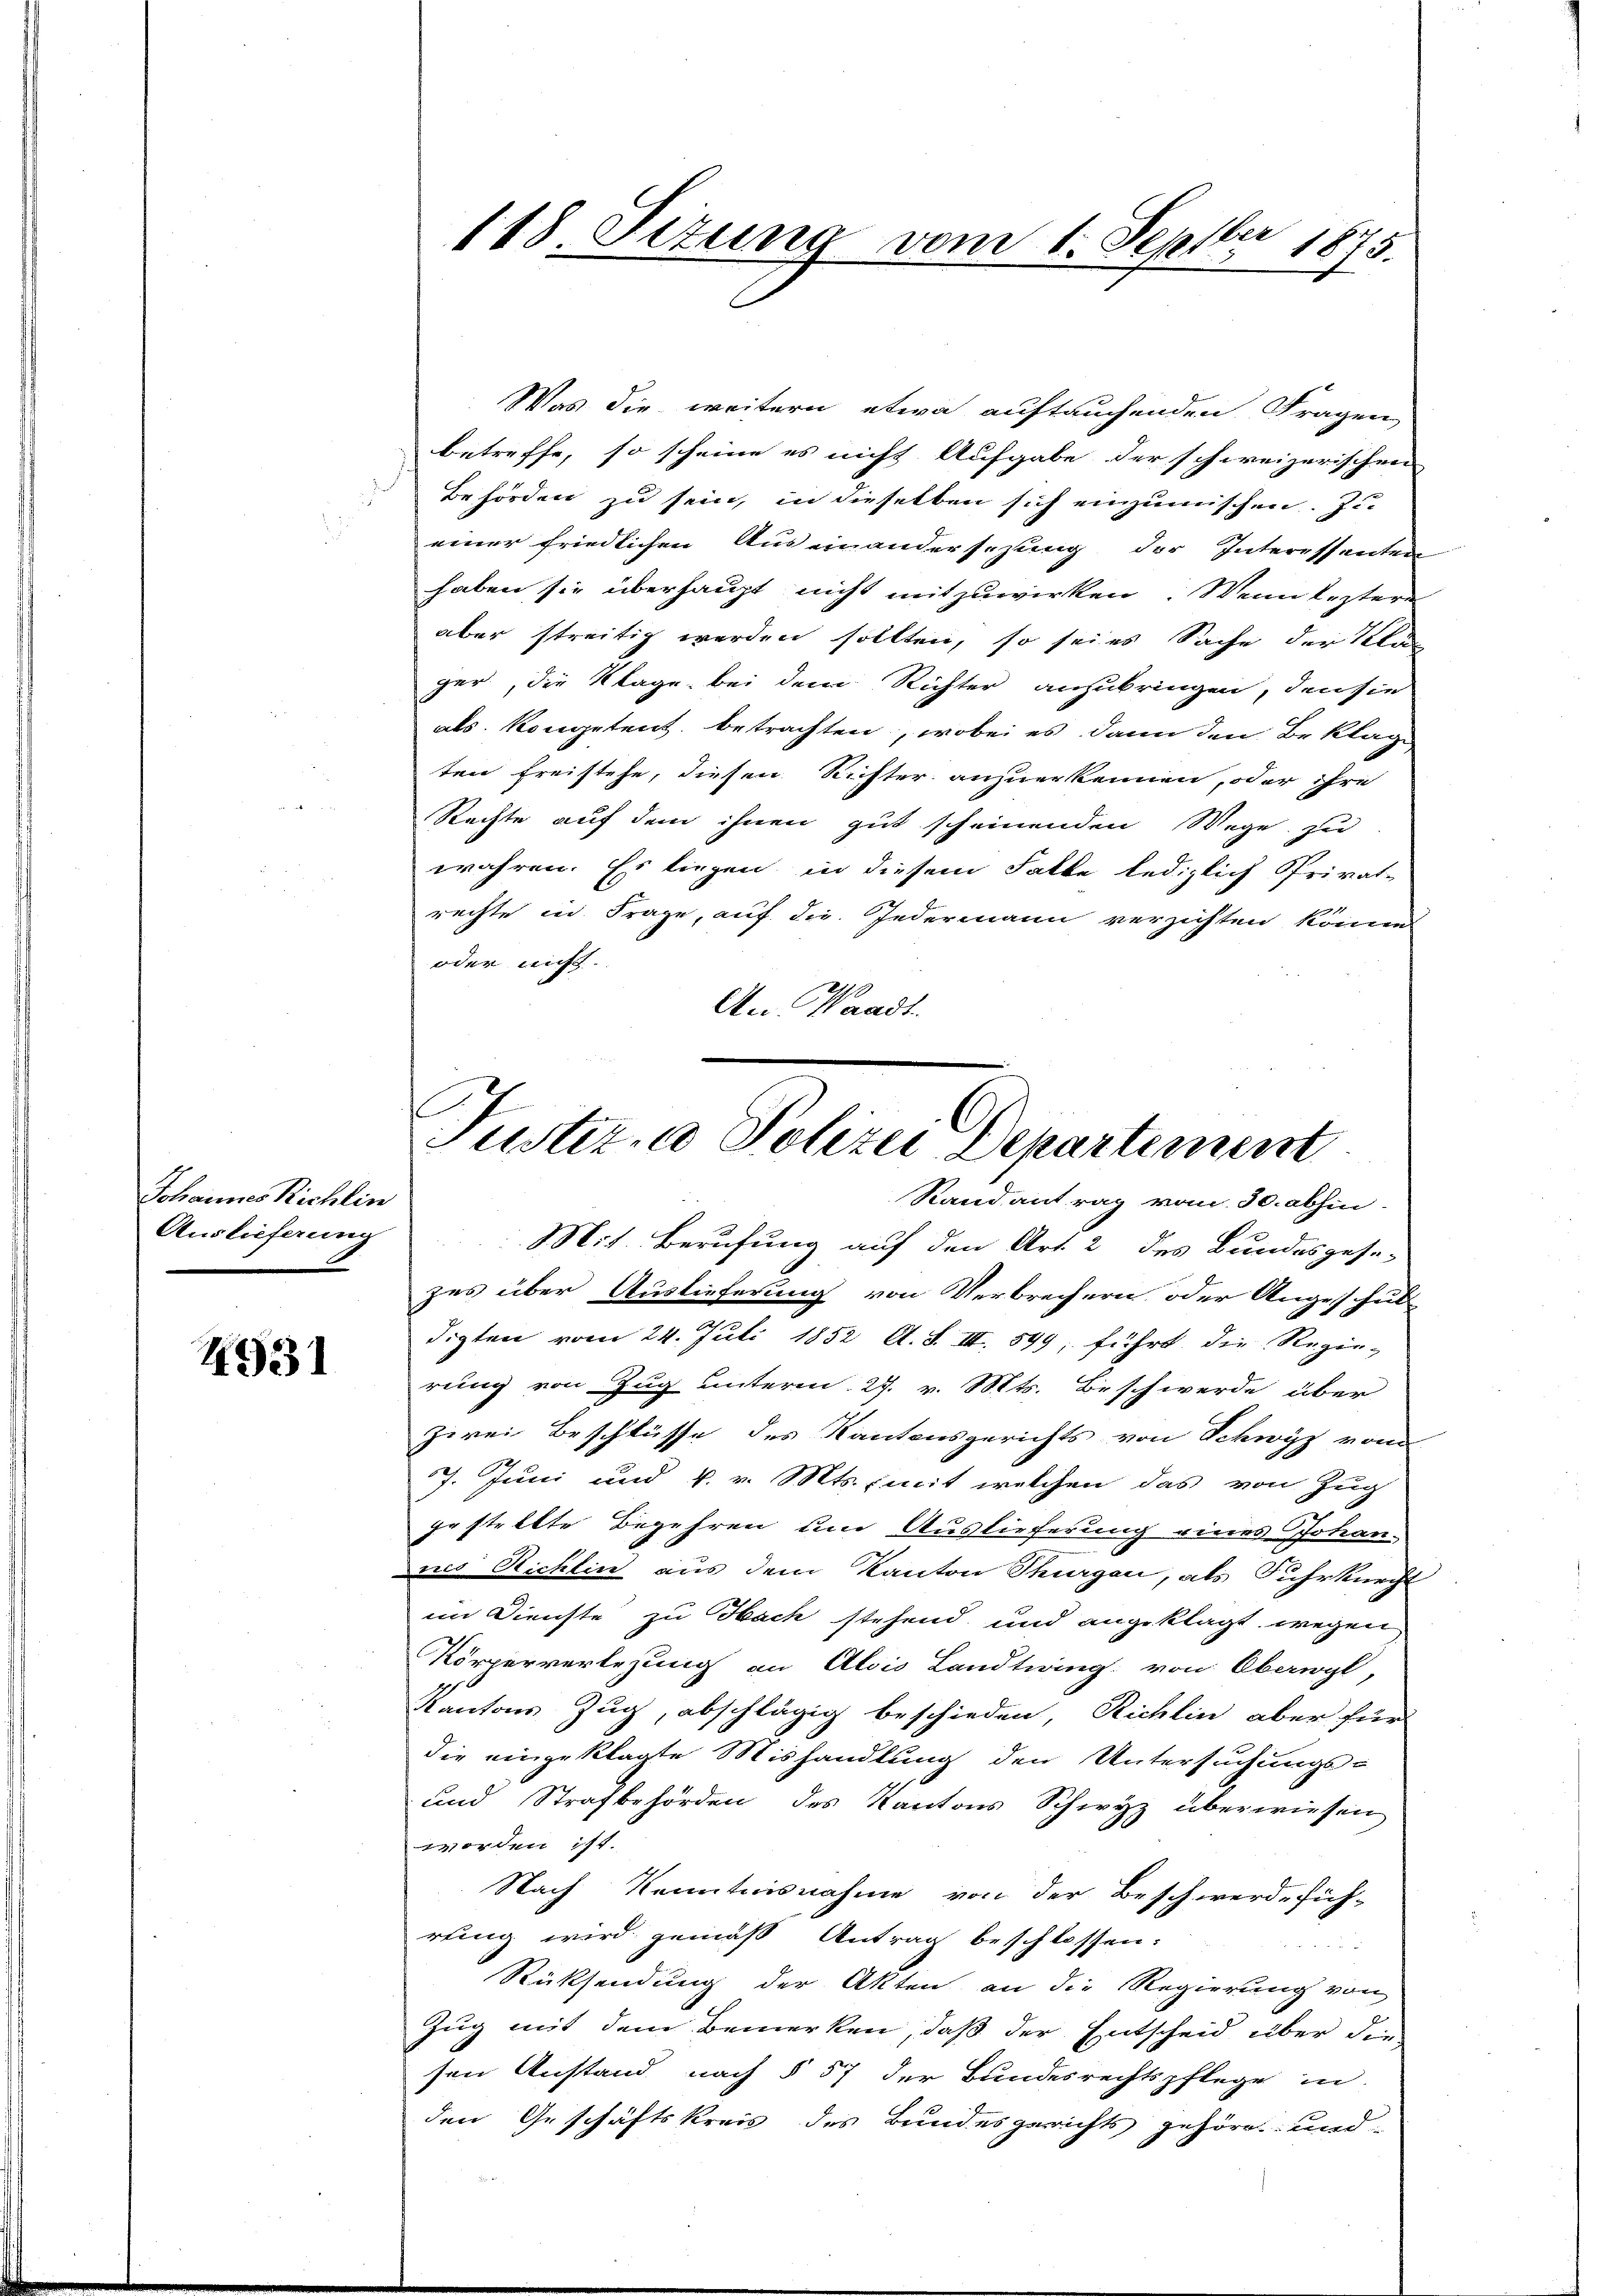
Johannes Richlin
Auslieferung
.

4931

Was die weitern etwa auftauchenden Fragen
betreffe, so scheine es nicht Aufgabe der schweizerischen
Behörden zu sein, in dieselben sich einzumischen. Zu
einer friedlichen Auseinandersezung der Interessenten
haben sie überhaupt nicht mitzuwirken. Wenn leztere
aber streitig werden sollten, so sei es Sache der Klag
ger, die Klage bei dem Richter anzubringen, den sie
als Kompetent betrachten, wobei es dann den Beklage
ten Freistehe, diesen Richter anzuerkennen, oder ihre
Rechte auf dem ihnen gut scheinenden Wege zu
wahren. Es liegen in diesem Falke lediglich Privat-
rechte in Frage, auf die Jedermann verzichten können
oder nicht.
An Waadt.

See
118. Sezung vom 1. Sept. 1875.

Justiz- & Polizei Departement
Stand antrag vom 30. abhin

Mit. Berufung auf den Art. 2 des Bundesgese-
zes über Auslieferung von Verbrechern oder Angeschul
digten vom 24. Juli 1852 Al. S. III, 599, führt, die Regie-
rung von Zug unterm 27. v. Mts. Beschwerde über
zwei Beschlüsse des Kantonsgerichts von Schwyz vom
7. Juni und v. v. Mts., mit welchen das von Zug
gestellte Begehren um Auslieferung eines Johan-
nes Richlin aus dem Kanton Thurgau, als Fuhrknecht
im Dienste zu Hach stehend und angeklagt wegen
Körperverlegung an Alois Landtwing von Obangl,
Kantons Zug, abschlägig beschieden, Richlin aber für
die eingeklagte Mishandlung den Untersuchungs-
und Strafbehörden des Kantons Schwyz überwiesen
worden ist.
Nach Kenntnisnahme von der Beschwerdefüch-
rung wird gemäß Antrag beschlossen:

Rücksendung der Akten an die Regierung von
Zug mit dem Bemerken, daß der Entscheid über die
sen Anstand nach § 57 der Bundesrechtspflege in
den Geschäftskreis des Bundesgerichts gehören und